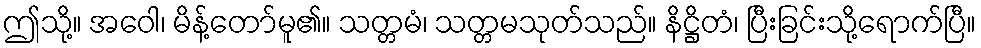
ဤသို့။ အဝေါ၊ မိန့်တော်မူ၏။ သတ္တမံ၊ သတ္တမသုတ်သည်။ နိဋ္ဌိတံ၊ ပြီးခြင်းသို့ရောက်ပြီ။